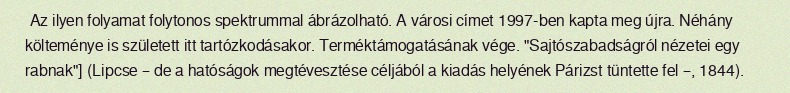
Az ilyen folyamat folytonos spektrummal ábrázolható. A városi címet 1997-ben kapta meg újra. Néhány költeménye is született itt tartózkodásakor. Terméktámogatásának vége. "Sajtószabadságról nézetei egy rabnak"] (Lipcse – de a hatóságok megtévesztése céljából a kiadás helyének Párizst tüntette fel –, 1844).